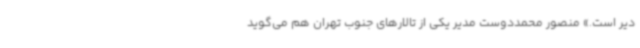
دیر است.» منصور محمددوست مدیر یکی از تالارهای جنوب تهران هم می‌گوید